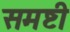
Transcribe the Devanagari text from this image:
समष्टी